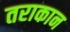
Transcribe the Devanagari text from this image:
तराकान